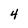
Character: 4